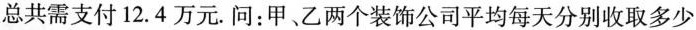
总共需支付12.4万元。问：甲、乙两个装饰公司平均每天分别收取多少